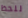
للحظ